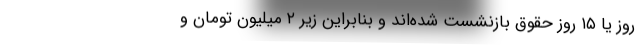
روز یا ۱۵ روز حقوق بازنشست شده‌اند و بنابراین زیر ۲ میلیون تومان و